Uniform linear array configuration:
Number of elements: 64
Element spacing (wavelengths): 1
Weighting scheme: uniform
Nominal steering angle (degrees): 0
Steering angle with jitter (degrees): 0.5465
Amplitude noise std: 0.05
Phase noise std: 0.05

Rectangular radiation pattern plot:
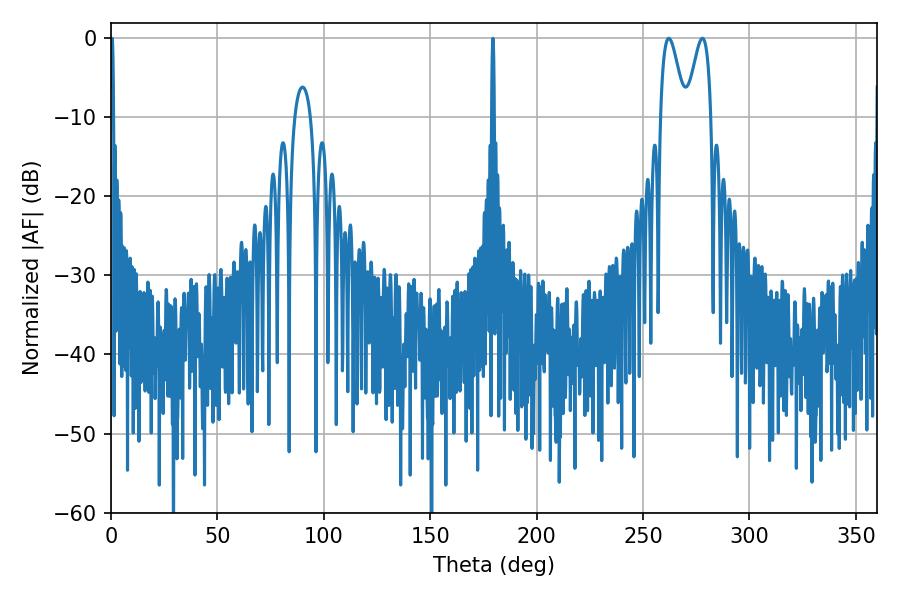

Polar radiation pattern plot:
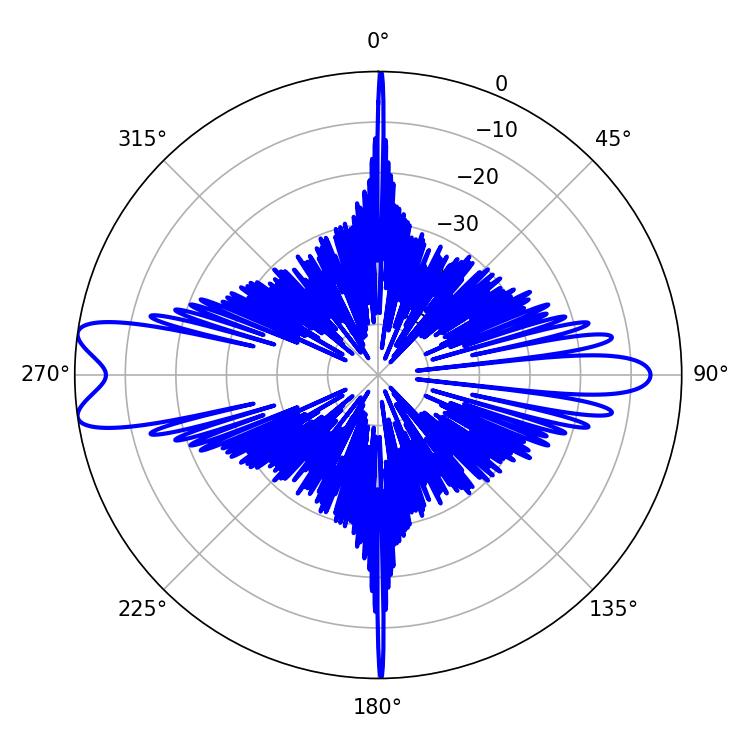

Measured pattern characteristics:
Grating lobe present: TRUE
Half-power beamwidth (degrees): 6.12
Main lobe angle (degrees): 262.08